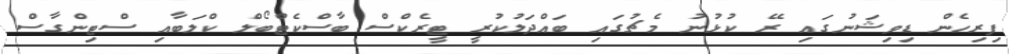
ފިރިހެން ޑިވިޝަނުގައި ރޭ ކުޅުނު މެޗުގައި ބައްދަލުކުރީ ޓީރެކްސް ބާސްކެޓްބޯލް ކްލަބާއި ސްޓިންގާސް